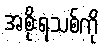
အစိုးရသစ်ကို